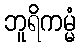
ဘူရိကမ္မံ